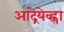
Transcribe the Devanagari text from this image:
आंद्रेयेव्ह्ना